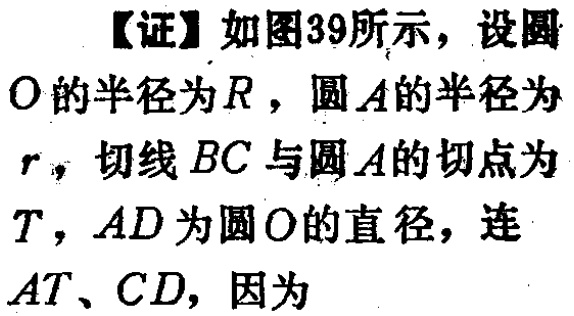
【证】如图39所示，设圆\(O\)的半径为\(R\)，圆\(A\)的半径为\(r\)，切线\(BC\)与圆\(A\)的切点为\(T\)，\(AD\)为圆\(O\)的直径，连\(AT\)、\(CD\)，因为